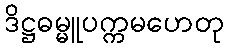
ဒိဋ္ဌဓမ္မူပက္ကမဟေတု